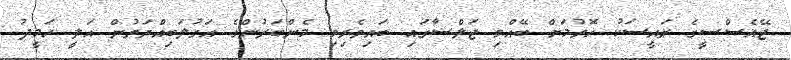
ޖޭއެސްސީގެ ރައީސަކު ހޮވުމަށް ބޭއްވި ޖަލްސާގައި ބައިވެރިވި މެންބަރުންގެ އަގުލަބިއްޔަތުން އަލީ ހަމީދު